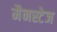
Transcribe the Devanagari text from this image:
मैनस्टेज